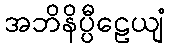
အဘိနိပ္ပီဠေယျံ